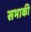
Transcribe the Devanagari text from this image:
सभाकी